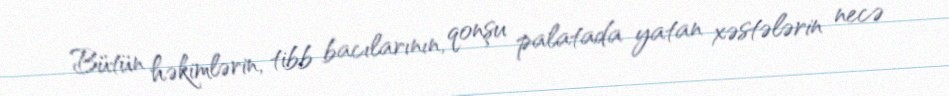
Bütün həkimlərin, tibb bacılarının, qonşu palatada yatan xəstələrin necə